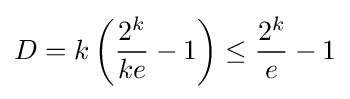
D=k\left({\frac {2^{k}}{ke}}-1\right)\leq {\frac {2^{k}}{e}}-1